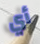
أي